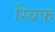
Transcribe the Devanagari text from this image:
स्विफ